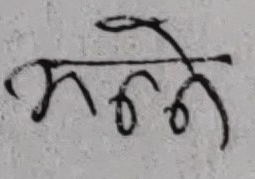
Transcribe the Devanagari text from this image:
मन्ने